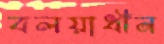
বলয়াধীন